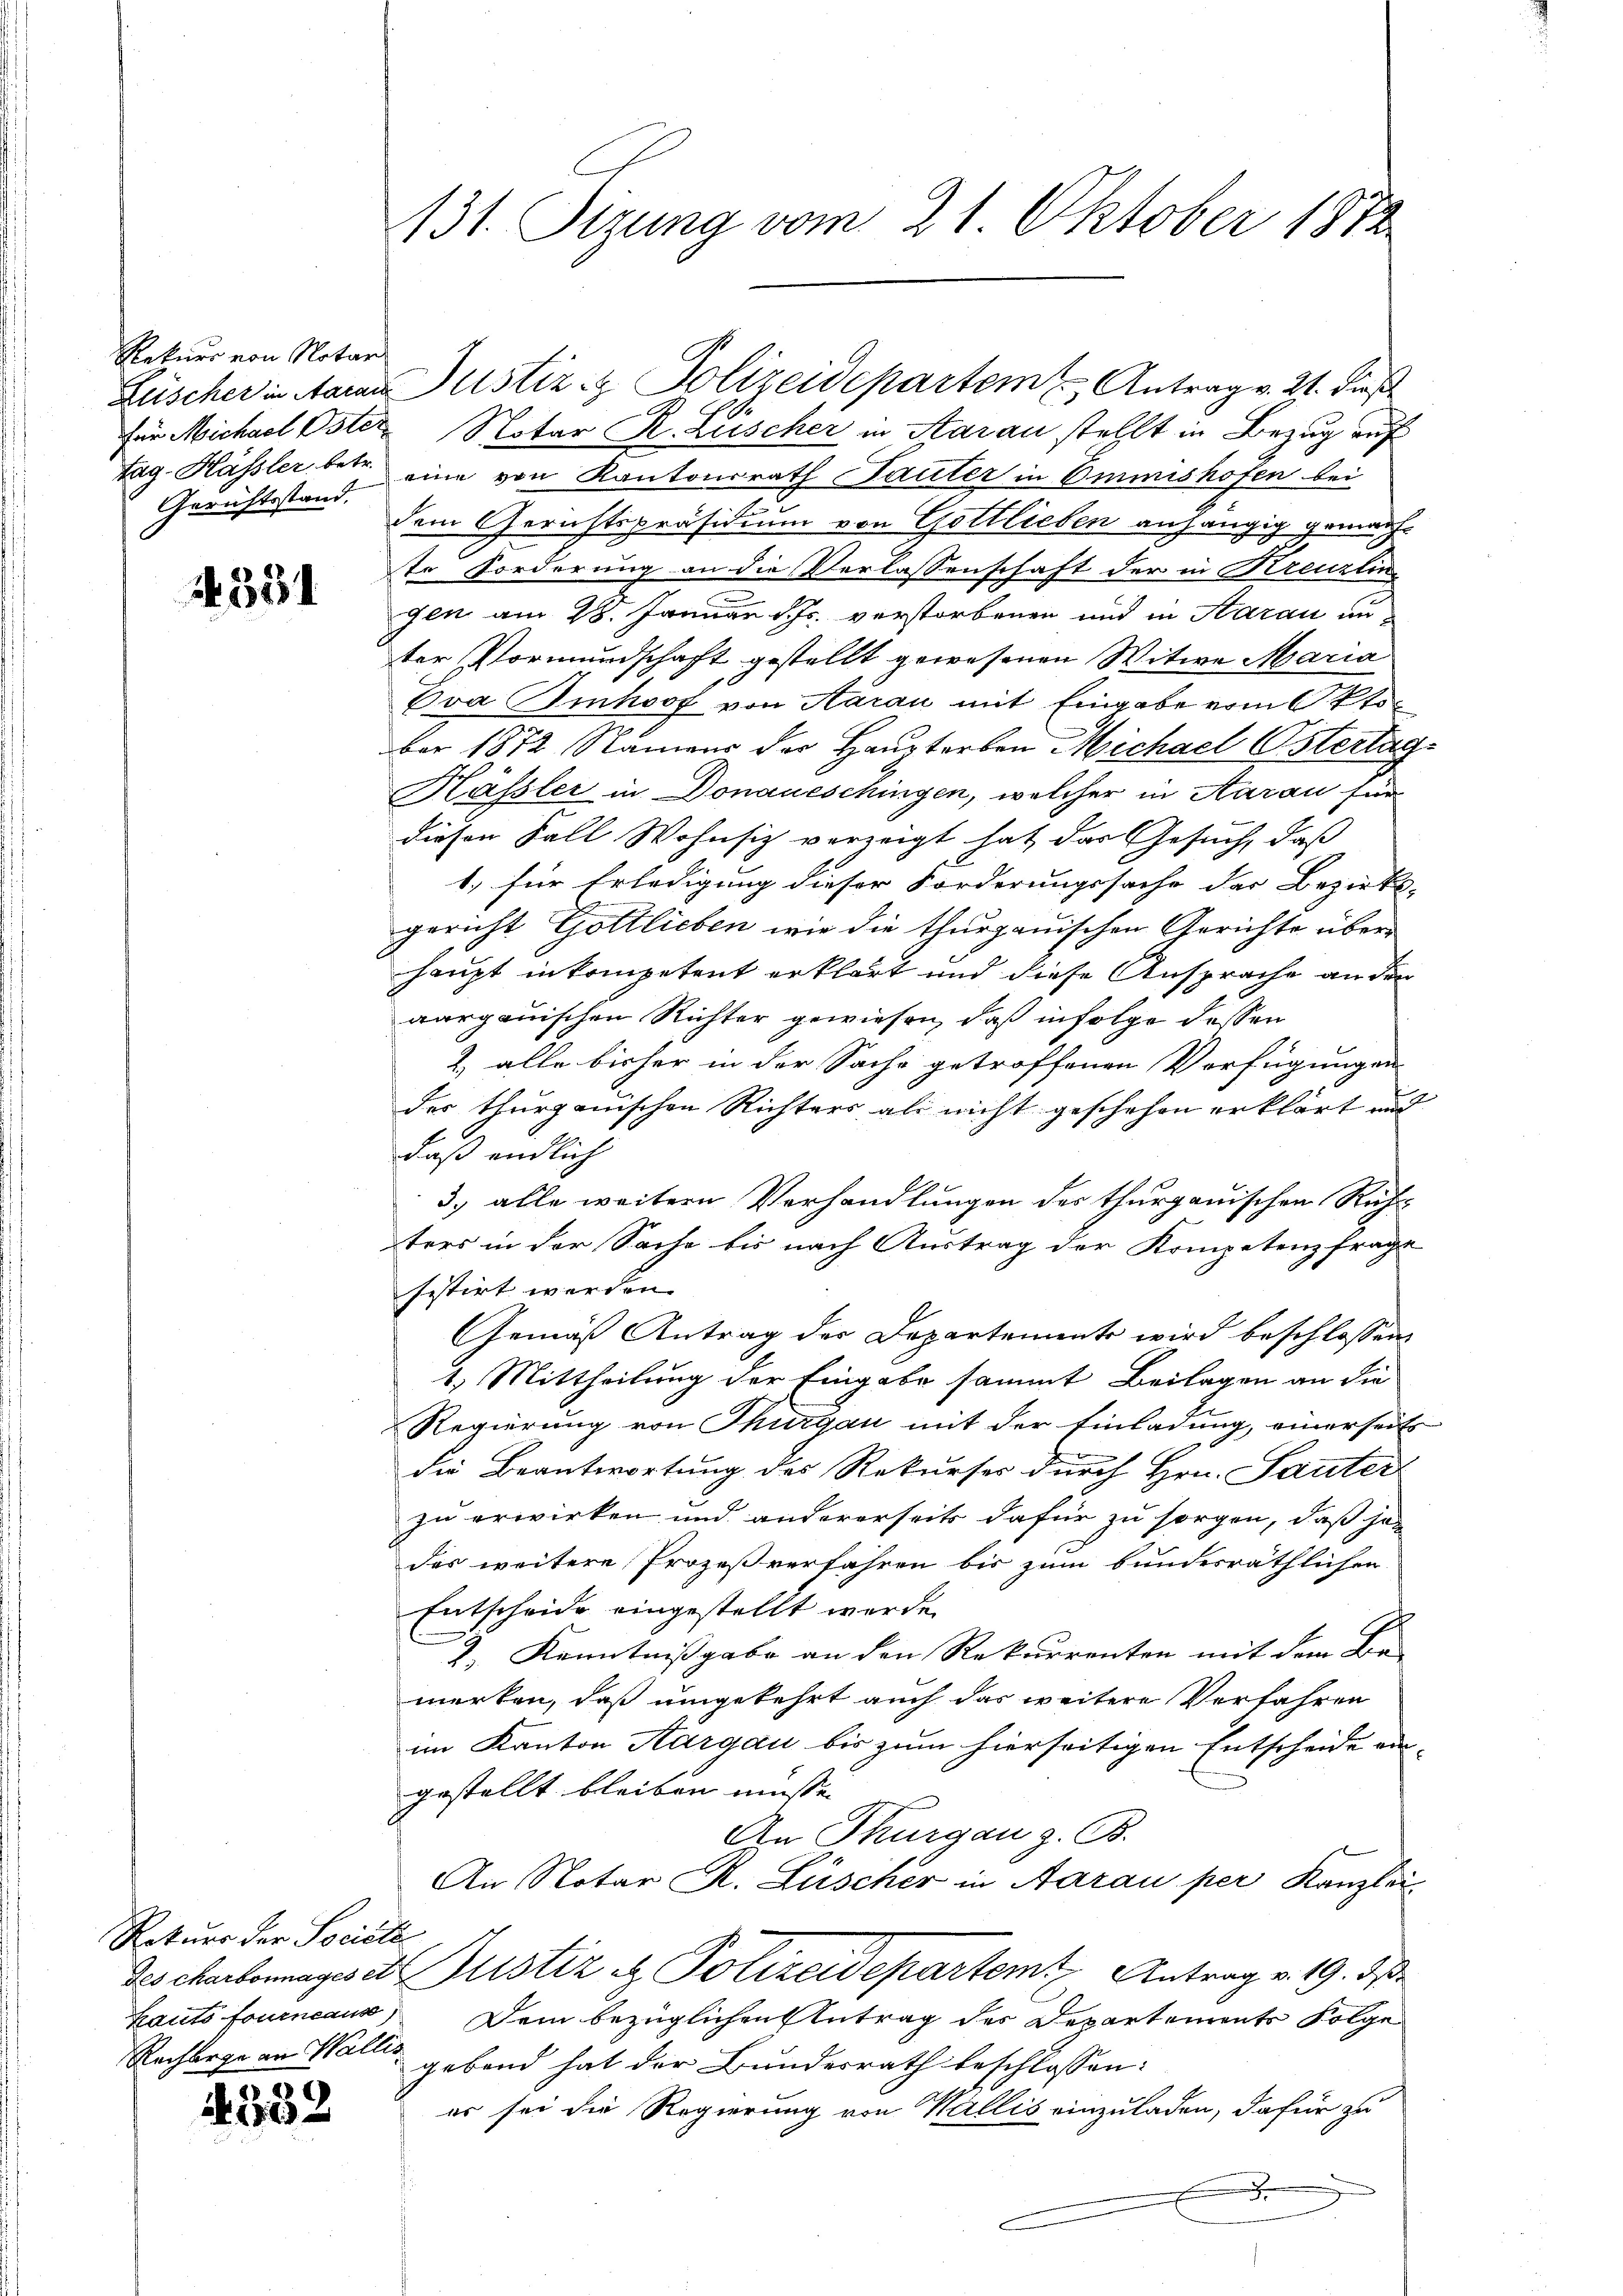
Rekurs von Notar
Gerichtsstand.

4354

Rekurs der Société

4352

für Michael Oster Notar R. Lüscher in Aarau stellt in Bezug auf
Tag. Hässler betr. eine von Kantonsrath Sauter in Ommnishofen bei
dem Gerichtspräsidium von Gottlieben anhängig gemachte Forderung an die Verlassenschaft der in Kreuzlin
gen am 28. Januar d. Js. verstorbenen und in Aarau unter Vormundschaft gestellt gewesenen Witwe Maria
Eva Imhof von Aarau mit Eingabe vom Oktober 1872 Namens der Haupterben Michael Ostertag
Hässler in Donaueschingen, welcher in Aarau für
diesen Fall Wohnsitz verzeigt hat, das Gesuch, daß
1.) für Erledigung dieser Forderungssache der Bezirks-
gericht Gottlieben wie die thurgauischen Gerichte über
haupt in kompetent erklärt und diese Ansprache an den
aargauischen Richter gewiesen, daß infolge dessen
2) alle bisher in der Sache getroffenen Verfügungen
des thurgauischen Richters als nicht geschehen erklärt und
daß endlich
3.) alle weitern Verhandlungen des thurgauischen Rufters in der Sache bis nach Austrag der Kompetenzfrage
sistirt werden.
Gemäß Antrag der Departemente wird beschlossen
1.) Mittheilung der Eingabe sammt Beilagen an die
Regierung von Thurgau mit der Einladung, einerseits
die Beantwortung des Rekurses durch Hrn. Sauter
zu erwirken und andererseits dafür zu sorgen, daß jet
das weitere Prozeßverfahren bis zum bundesräthlichen
Entscheide eingestellt werde.
2) Kenntnißgabe an den Rekurrenten mit dem Be- |
merken, daß umgekehrt auch das weitere Verfahren
im Kanton Aargau bis zum hierseitigen Entscheide eingestellt bleiben müssen.
An Thurgau z. B.
An Notar R. Lüscher in Aarau per Kanzlei
des charbomages et Justiz & Polizeidepartem Antrag v. 19. d.
Hauts fourneaus Dein bezüglichen Antrag des Departements Folge
Rachberge an Walle geband hat der Bundesrath beschlossen:
er sei die Regierung von Wallis einzuladen, dafür zu
.

131. Sizung vom 21. Oktober 1872

Lüscher in Aare Justiz & Polizeidepartem Antrag v. 21. dies